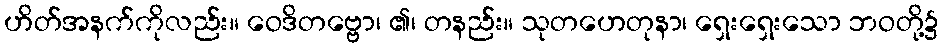
ဟိတ်အနက်ကိုလည်း။ ဝေဒိတဗ္ဗော၊ ၏၊ တနည်း။ သုတဟေတုနာ၊ ရှေးရှေးသော ဘဝတို့၌